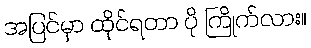
အပြင်မှာ ထိုင်ရတာ ပို ကြိုက်လား။